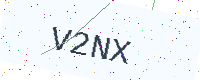
Text: V2NX